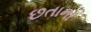
છતાના